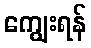
ကျွေးရန်